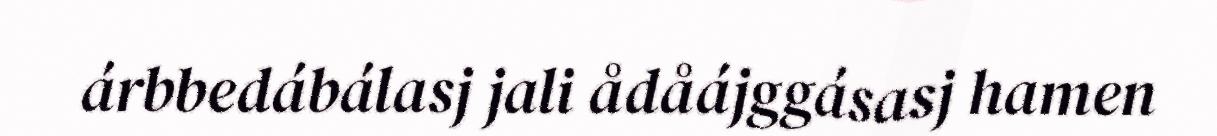
árbbedábálasj jali ådåájggásasj hamen